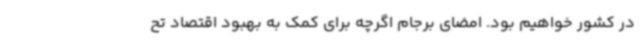
در کشور خواهیم بود. امضای برجام اگرچه برای کمک به بهبود اقتصاد تح